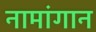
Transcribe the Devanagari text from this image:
नामांगान